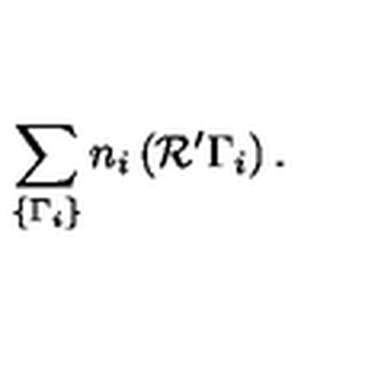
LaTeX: \sum _ { \{ \Gamma _ { i } \} } n _ { i } \left( { \cal R ^ { \prime } } \Gamma _ { i } \right) .